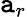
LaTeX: \mathtt{a}_{r}